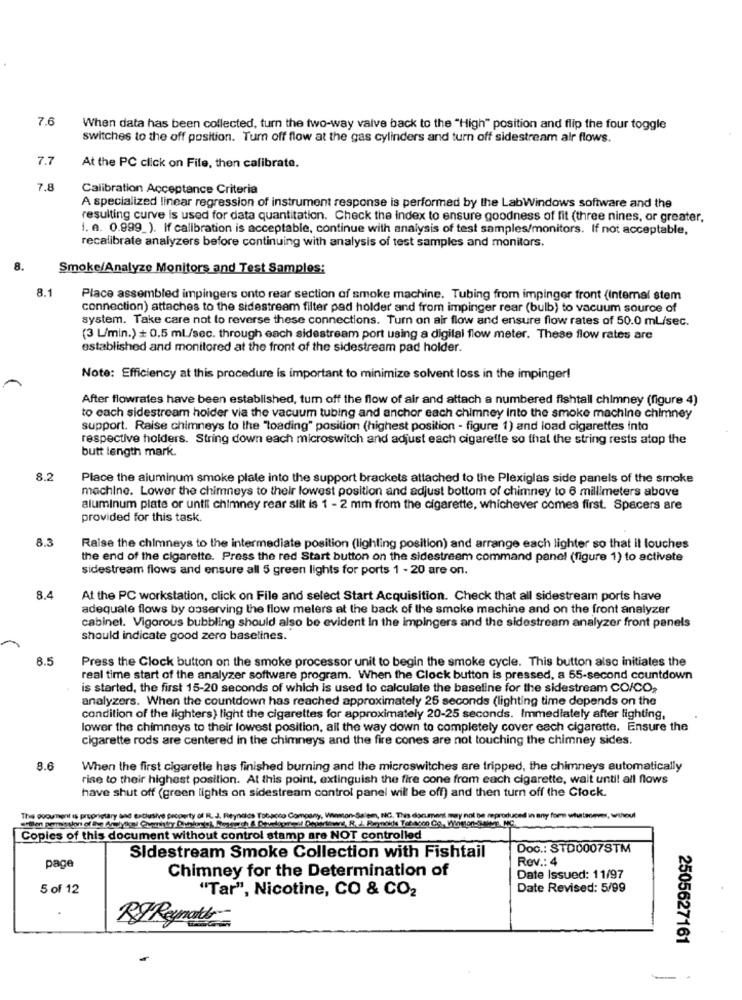
7.6
When data has been collected, turn the two-way valve back to the "High" position and flip the four toggle
switches to the off position. Turn off flow at the gas cylinders and turn off sidestream air flows.
7.7
At the PC click on File, then calibrate.
7.8
Calibration Acceptance Criteria
A specialized linear regression of instrument response is performed by the LabWindows software and the
resulting curve is used for data quantitation. Check the index to ensure goodness of fit (three nines, or greater,
i. a. 0.999_). If calibration is acceptable, continue with analysis of test samples/monitors. If not acceptable,
recalibrate analyzers before continuing with analysis of test samples and monitors.
8.
Smoke/Analyze Monitors and Test Samples:
8.1
Place assembled impingers onto rear section of smoke machine. Tubing from impinger front (Internal stem
connection) attaches to the sidestream filter pad holder and from impinger rear (bulb) to vacuum source of
system. Take care not to reverse these connections. Turn on air flow and ensure flow rates of 50.0 ml/sec.
(3 L/min.) + 0.5 ml/sec. through each sidestream port using a digital flow meter. These flow rates are
established and monitored at the front of the sidestream pad holder.
Note: Efficiency at this procedure is important to minimize solvent loss in the impinger!
After flowrates have been established, tum off the flow of air and attach a numbered fishtall chimney (figure 4)
to each sidestream holder via the vacuum tubing and anchor each chimney Into the smoke machine chimney
support. Raise chimneys to the "loading" position (highest position - figure 1) and load cigarettes into
respective holders. String down each microswitch and adjust each cigarette so that the string rests atop the
butt length mark.
8.2
Place the aluminum smoke plate into the support brackets attached to the Plexiglas side panels of the smoke
machine. Lower the chimneys to their lowest position and adjust bottom of chimney to 6 millimeters above
aluminum plate or until chimney rear slit is 1 - 2 mm from the cigarette, whichever comes first. Spacers are
provided for this task.
8.3
Raise the chimneys to the intermediate position (lighting position) and arrange each lighter so that it louches
the end of the cigarette. Press the red Start button on the sidestreem command panel (figure 1) to activate
sidestream flows and ensure all 5 green lights for ports 1 - 20 are on.
8.4
At the PC workstation, click on File and select Start Acquisition. Check that all sidestream ports have
adequate flows by ooserving the flow melers at the back of the smoke machine and on the front analyzer
cabinet. Vigorous bubbling should also be evident In the impingers and the sidestream analyzer front panels
should indicate good zero baselines."
8.5
Press the Clock button on the smoke processor unit to begin the smoke cycle. This button alsc initiates the
real time start of the analyzer software program. When the Clock button is pressed, a 55-second countdown
is started, the first 15-20 seconds of which is used to calculate the baseline for the sidestream CO/CO2
analyzers. When the countdown has reached approximately 26 seconds (lighting time depends on the
condition of the lighters) light the cigarettes for approximately 20-25 seconds. Immediately after lighting,
lower the chimneys to their lowest position, all the way down to completely cover each cigarette. Ensure the
cigarette rods are centered in the chimneys and the fire cones are not touching the chimney sides.
8.6
When the first cigaretle has finished burning and the microswitches are tripped, the chimneys automatically
rise to their highest position. At this point, extinguish the fire cone from each cigarette, wait until all flows
have shut off (green lights on sidestream control panel will be off) and then turn off the Clock.
The document is proprietary and exclusive pecounty of R.J. Reynolds Tobacco Company, Wmon-Salem, NC. This document may not be reproduced in any form whatsoever, without
Copies of this document without control stamp are NOT controlled
Doc .: STD0007STM
page
Sidestream Smoke Collection with Fishtail
Rev .: 4
Chimney for the Determination of
Date Issued: 11/97
5 of 12
"Tar", Nicotine, CO & CO2
Date Revised: 5/99
RF Reynolds
2505627161